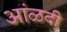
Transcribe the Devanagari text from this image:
आंळदी